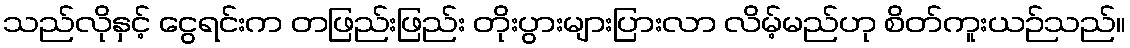
သည်လိုနှင့် ငွေရင်းက တဖြည်းဖြည်း တိုးပွားများပြားလာ လိမ့်မည်ဟု စိတ်ကူးယဉ်သည်။